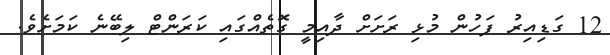
12 ގަޑިއިރު ފަހުން މުޅި ރަށަށް ދާއިމީ ގޮތެއްގައި ކަރަންޓް ލިބޭނެ ކަމަށެވެ.